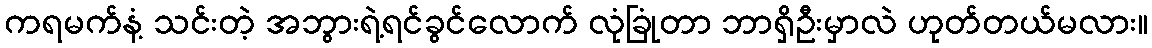
ကရမက်နံ့ သင်းတဲ့ အဘွားရဲ့ရင်ခွင်လောက် လုံခြုံတာ ဘာရှိဦးမှာလဲ ဟုတ်တယ်မလား။